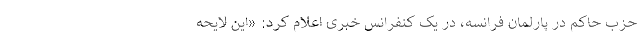
حزب حاکم در پارلمان فرانسه، در یک کنفرانس خبری اعلام کرد: «این لایحه